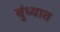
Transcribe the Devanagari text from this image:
बुंध्यात